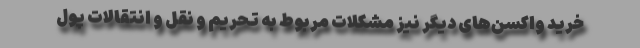
خرید واکسن‌های دیگر نیز مشکلات مربوط به تحریم و نقل و انتقالات پول